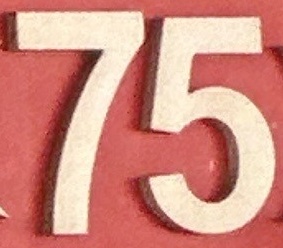
75